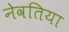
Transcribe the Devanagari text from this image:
नेवतिया